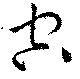
空